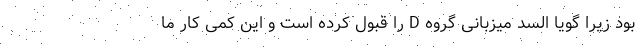
بود زیرا گویا السد میزبانی گروه D را قبول کرده است و این کمی کار ما